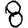
Digit: 8